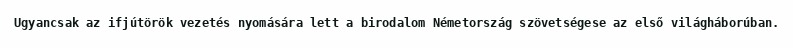
Ugyancsak az ifjútörök vezetés nyomására lett a birodalom Németország szövetségese az első világháborúban.